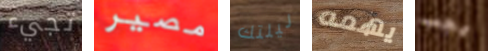
تجيء مصير ليلتك يهمه يجب